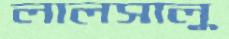
লালসালু